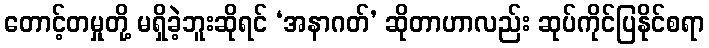
တောင့်တမှုတို့ မရှိခဲ့ဘူးဆိုရင် ‘အနာဂတ်’ ဆိုတာဟာလည်း ဆုပ်ကိုင်ပြနိုင်စရာ